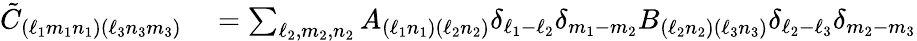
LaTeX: \begin{array}{rl}{\tilde{C}_{(\ell_{1}m_{1}n_{1})(\ell_{3}n_{3}m_{3})}}&{{}=\sum_{\ell_{2},m_{2},n_{2}}A_{(\ell_{1}n_{1})(\ell_{2}n_{2})}\delta_{\ell_{1}-\ell_{2}}\delta_{m_{1}-m_{2}}B_{(\ell_{2}n_{2})(\ell_{3}n_{3})}\delta_{\ell_{2}-\ell_{3}}\delta_{m_{2}-m_{3}}}\end{array}